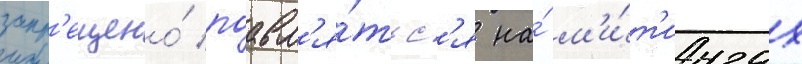
запр'ещено́ поавл'я́тьс'я на́ м'и́т'ингах